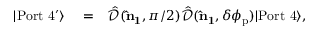
\begin{array} { r l r } { | \mathrm { P o r t \ 4 ^ { \prime } } \rangle } & { { } = } & { \hat { \mathcal { D } } ( { \bf \hat { n } _ { 1 } } , \pi / 2 ) \hat { \mathcal { D } } ( { \bf \hat { n } _ { 1 } } , \delta \phi _ { \mathrm { p } } ) | \mathrm { P o r t \ 4 } \rangle , } \end{array}